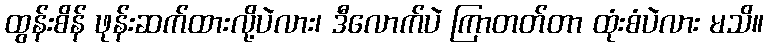
ထွန်းစိန် ဖုန်းဆက်ထားလို့ပဲလား၊ ဒီလောက်ပဲ ကြာတတ်တာ ထုံးစံပဲလား မသိ။